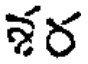
శర